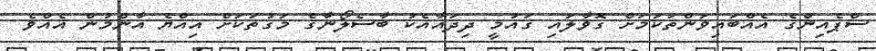
ސްޕެއިންގެ އެއްބައިވަންތަކަމަށް ގޮވާލައި ގައުމީ ދިދައާއެކު ބާސެލޯނާގެ މަގުތަކަށް އިއްޔެ އާންމުން އެއްވެ